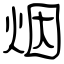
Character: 烟